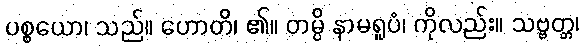
ပစ္စယော၊ သည်။ ဟောတိ၊ ၏။ တမ္ပိ နာမရူပံ၊ ကိုလည်း။ သဗ္ဗတ္တ၊